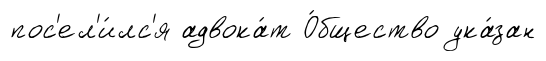
пос'ел'и́лс'я адвока́т О́бщество ука́зан